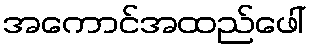
အကောင်အထည်ဖေါ်